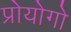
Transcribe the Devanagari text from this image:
प्रोयोगो